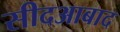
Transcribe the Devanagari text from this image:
सीदआबाद